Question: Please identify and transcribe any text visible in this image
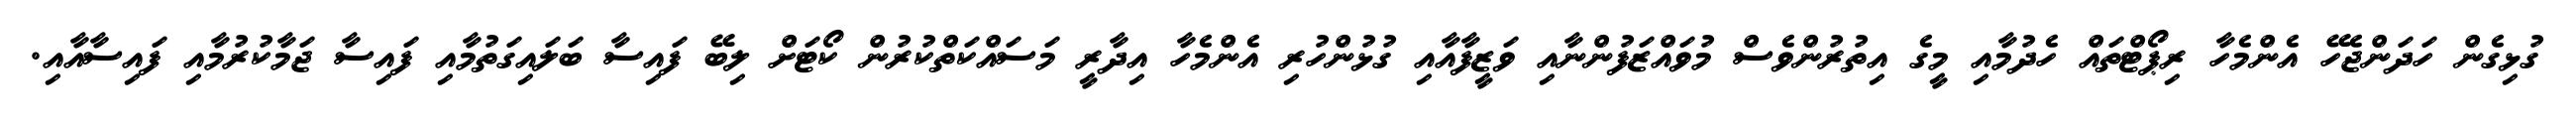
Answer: ގުޅިގެން ހަދަންޖެހޭ އެންމެހާ ރިޕޯޓްތައް ހެދުމާއި މީގެ އިތުރުންވެސް މުވައްޒަފުންނާއި ވަޒީފާއާއި ގުޅުންހުރި އެންމެހާ އިދާރީ މަސައްކަތްކުރުން ކޯޓަށް ލިބޭ ފައިސާ ބަލައިގަތުމާއި ފައިސާ ޖަމާކުރުމާއި ފައިސާއާއި.